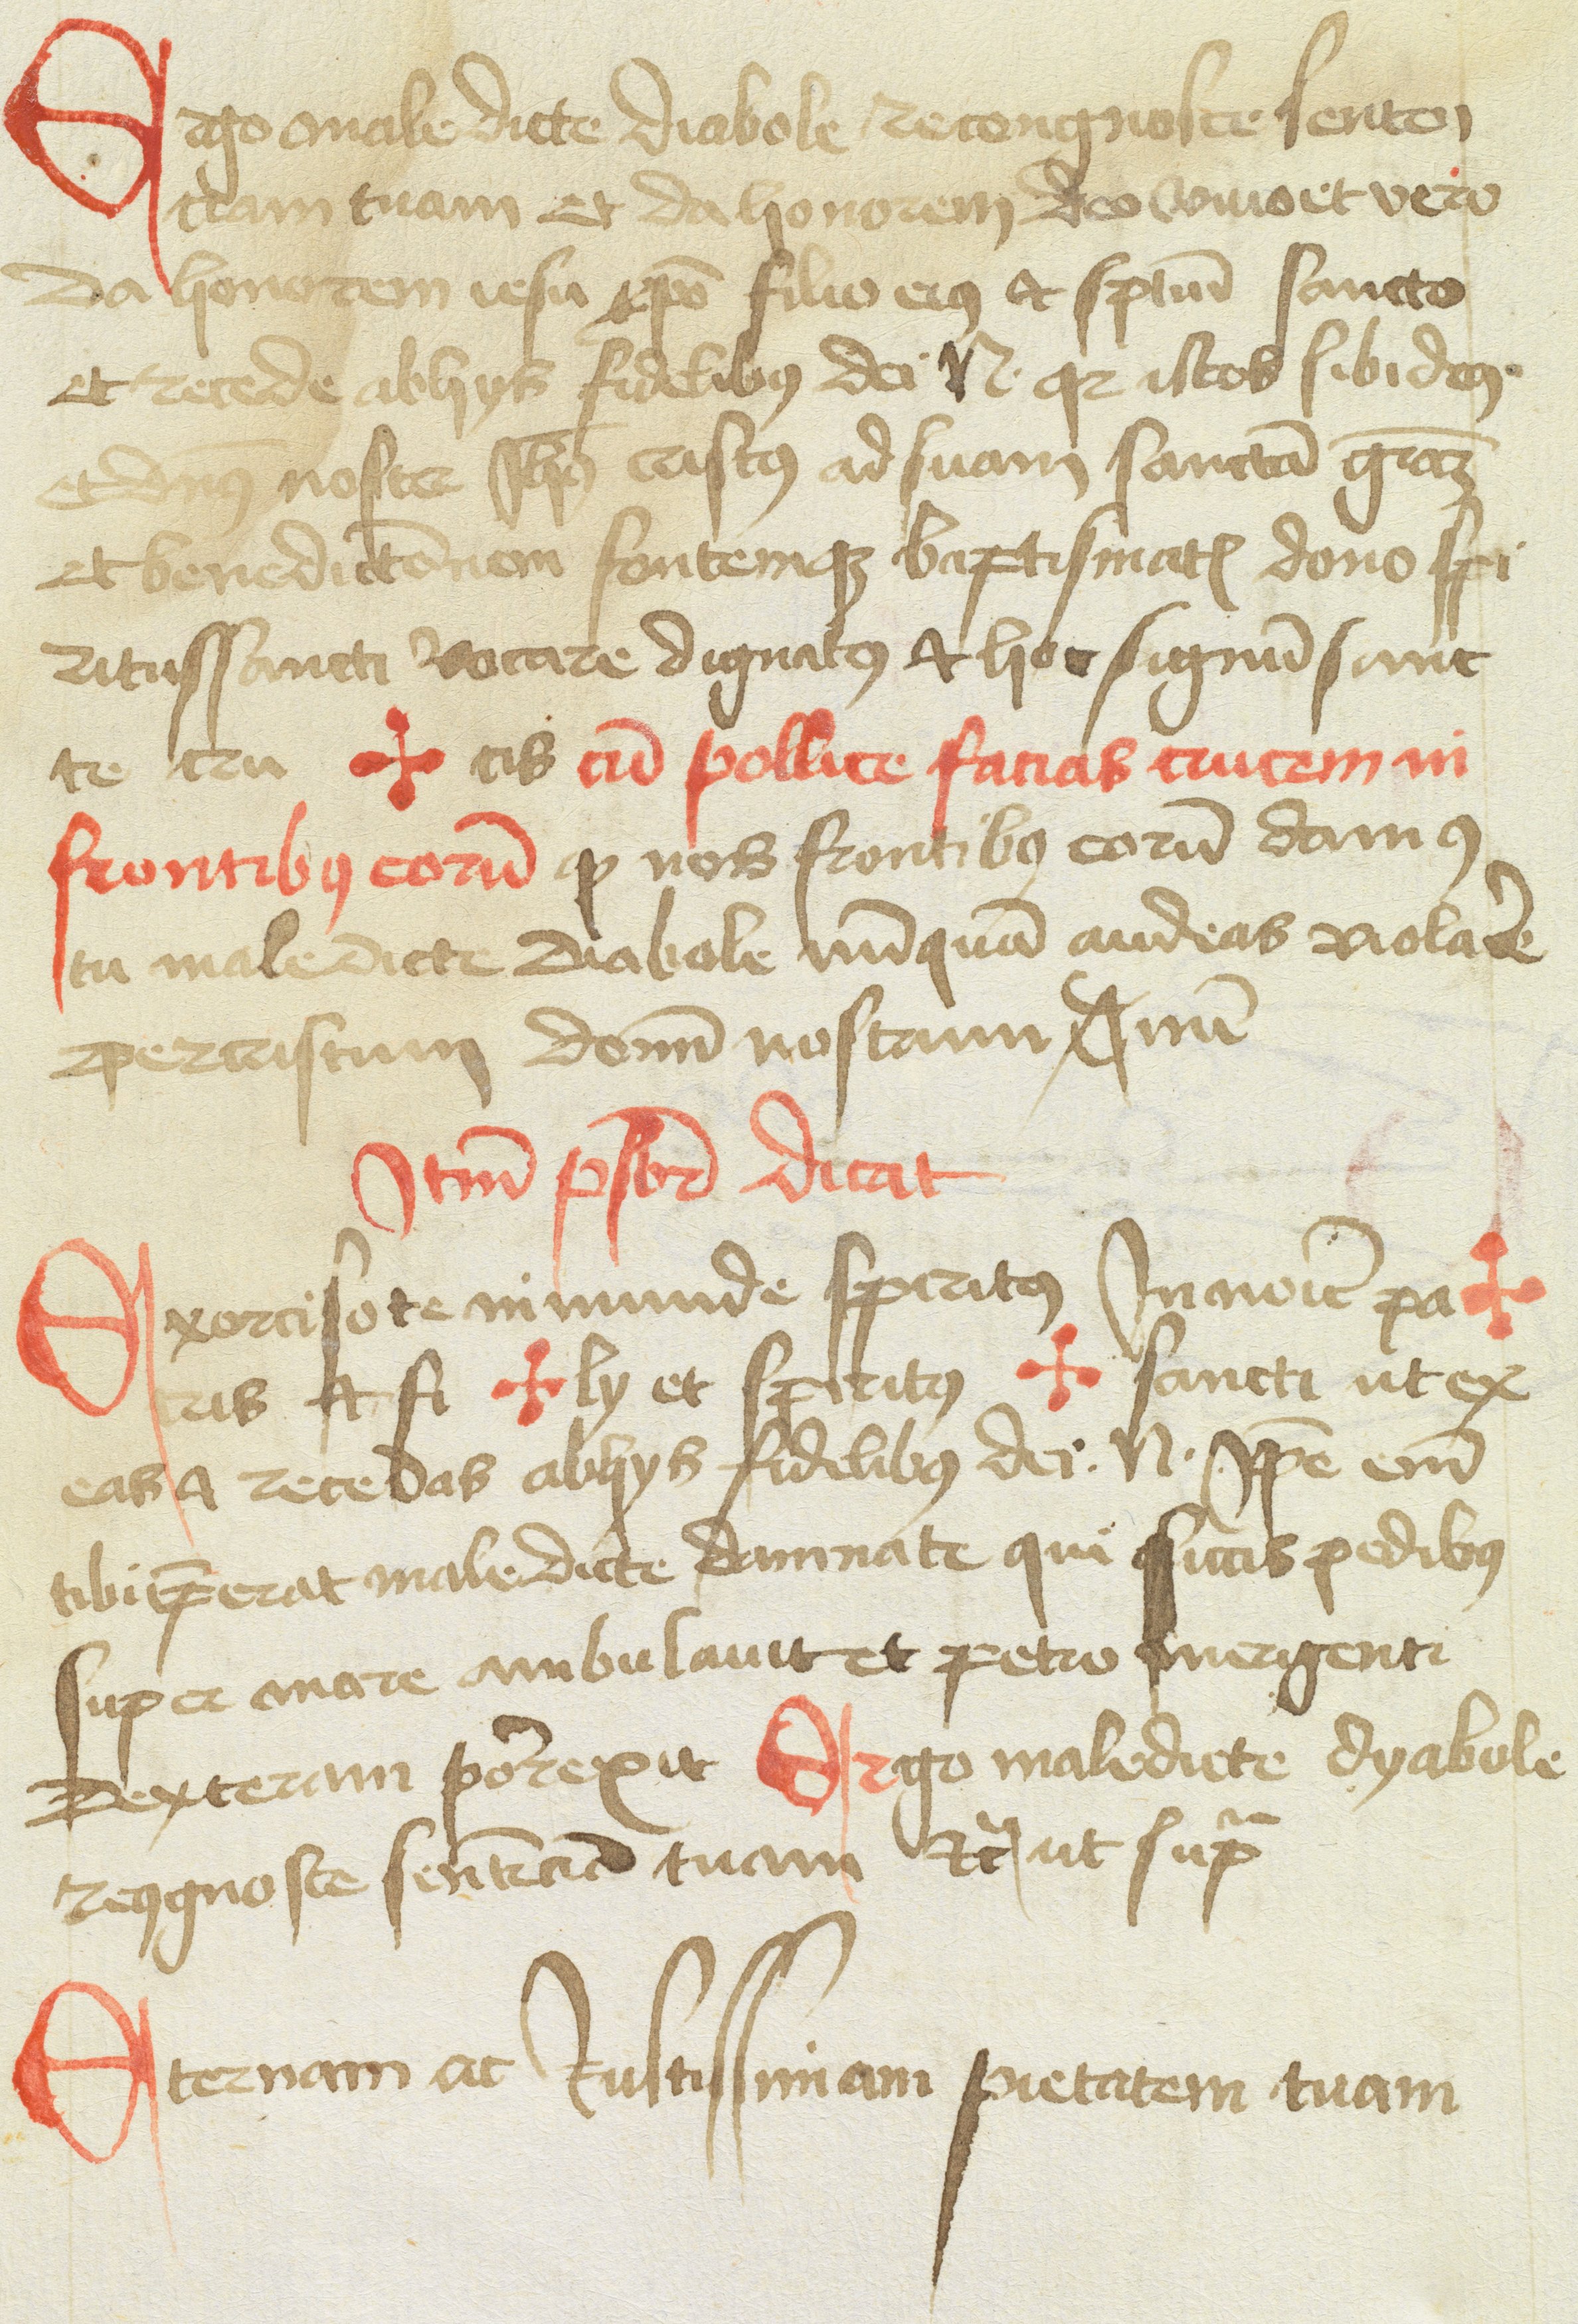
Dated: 1477–1487